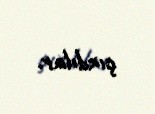
çıxdılar.